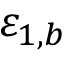
\varepsilon _ { 1 , b }